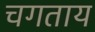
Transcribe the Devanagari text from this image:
चगताय